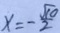
x = - \frac { \sqrt { 1 0 } } { 2 }